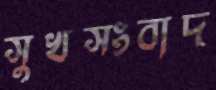
সুখসংবাদ